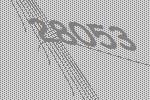
28053